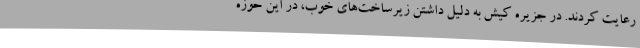
رعایت کردند. در جزیره کیش به دلیل داشتن زیرساخت‌های خوب، در این حوزه